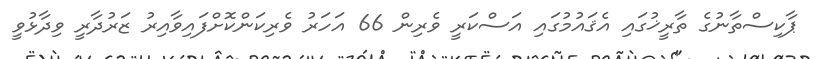
ޕާކިސްތާނުގެ ތާރީޚުގައި އެޤައުމުގައި އަސްކަރީ ވެރިން 66 އަހަރު ވެރިކަންކޮށްފައިވާއިރު ޒަރުދާރީ ވިދާޅުވީ